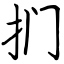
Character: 扪